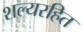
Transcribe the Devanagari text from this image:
शल्यरहित